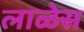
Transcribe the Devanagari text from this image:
लाळेस